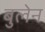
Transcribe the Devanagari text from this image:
बुलेन